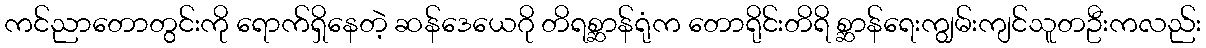
ကင်ညာတောတွင်းကို ရောက်ရှိနေတဲ့ ဆန်ဒေယေဂို တိရစ္ဆာန်ရုံက တောရိုင်းတိရိ စ္ဆာန်ရေးကျွမ်းကျင်သူတဦးကလည်း